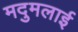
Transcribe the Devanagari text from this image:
मदुमलाई